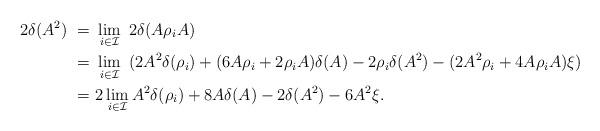
LaTeX: \begin{align*} 2\delta(A^2)~=&~\lim\limits_{i\in \mathcal{I}}~2\delta(A\rho_i A)\\ ~=&~\lim\limits_{i\in \mathcal{I}}~(2A^2\delta(\rho_i)+(6A\rho_i+2\rho_i A)\delta(A)-2\rho_i\delta(A^2)-(2A^2\rho_i+4A\rho_i A)\xi)\\ ~=&~2\lim\limits_{i\in \mathcal{I}}A^2\delta(\rho_i)+8A\delta(A)-2\delta(A^2)-6A^2\xi.\end{align*}